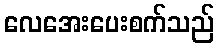
လေအေးပေးစက်သည်